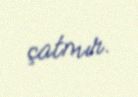
çatmır.